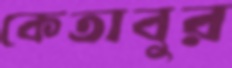
কেতাবুর